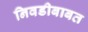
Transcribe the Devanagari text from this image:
निवडीबाबत